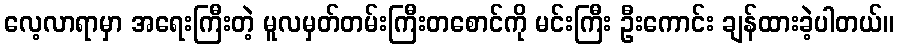
လေ့လာရာမှာ အရေးကြီးတဲ့ မူလမှတ်တမ်းကြီးတစောင်ကို မင်းကြီး ဦးကောင်း ချန်ထားခဲ့ပါတယ်။